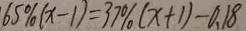
6 5 \% ( x - 1 ) = 3 7 \% ( x + 1 ) - 0 . 1 8